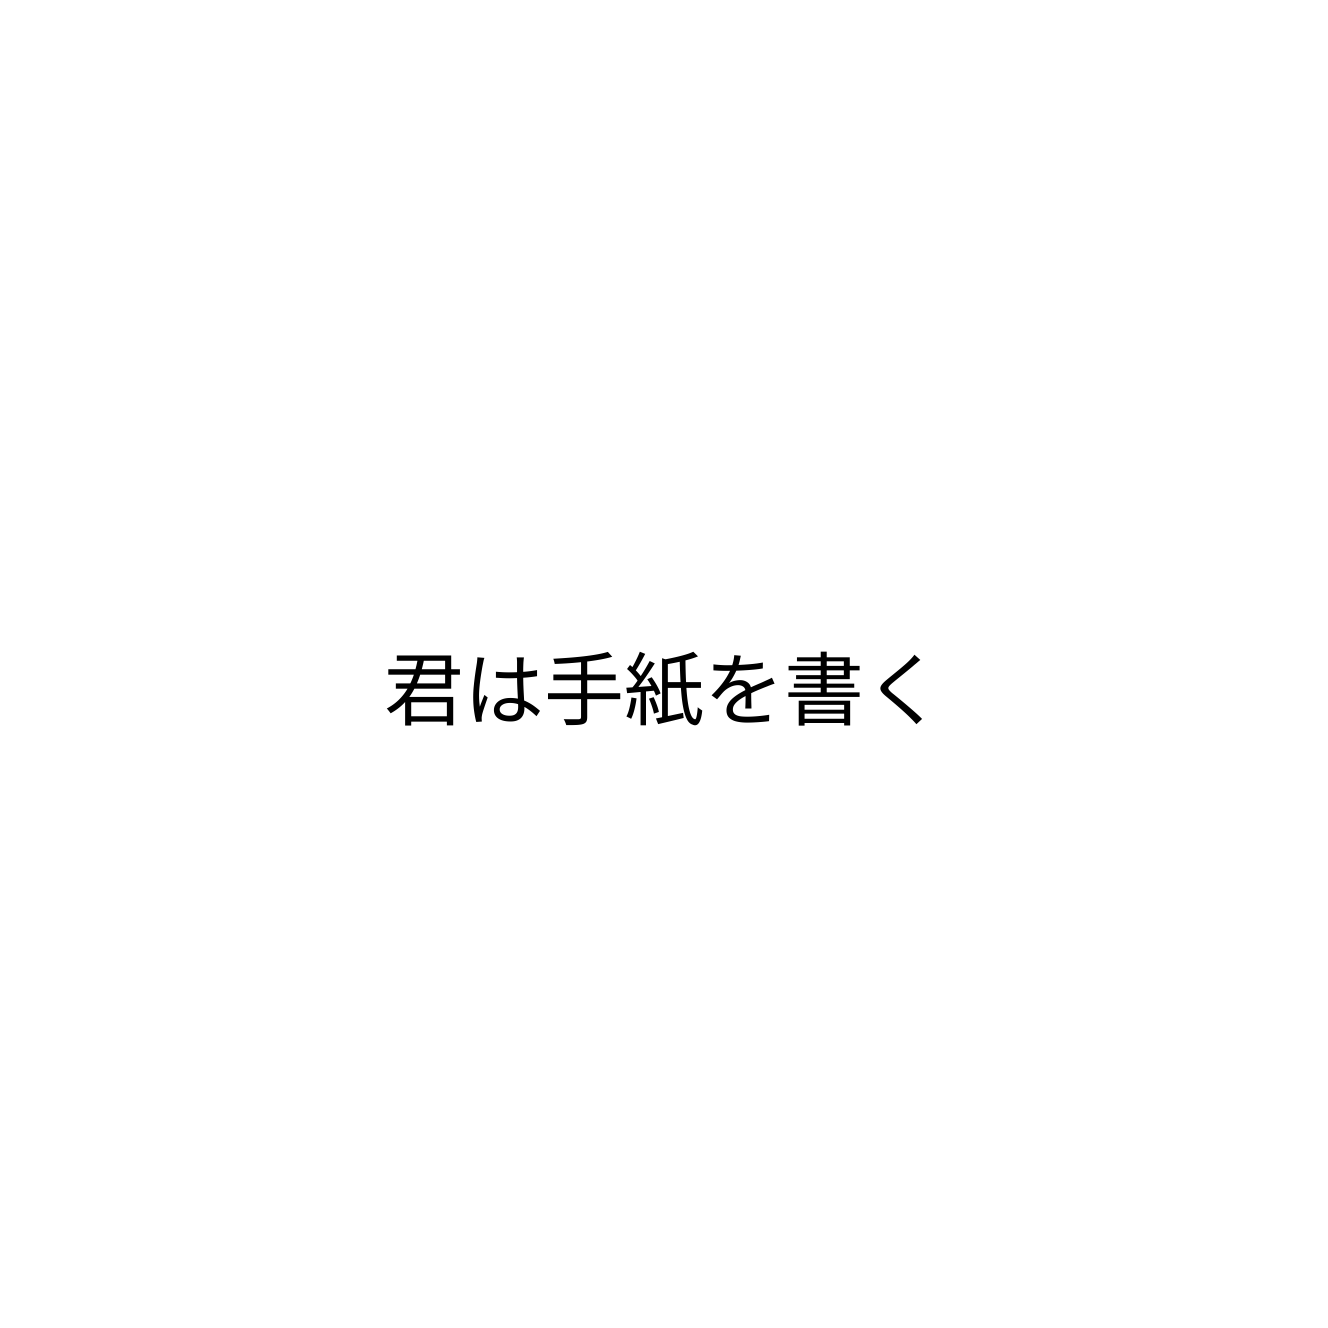
君は手紙を書く